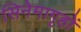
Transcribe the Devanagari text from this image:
सिनेमागृहों